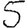
Digit: 5